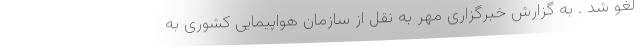
لغو شد . به گزارش خبرگزاری مهر به نقل از سازمان هواپیمایی کشوری به